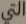
التي